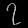
Digit: ၇